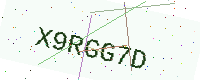
Text: X9RGG7D